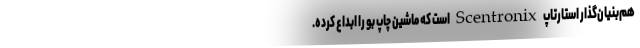
هم‌بنیان‌گذار استارتاپ Scentronix است که ماشین چاپ بو را ابداع کرده.